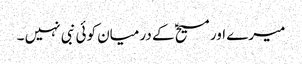
میرے اور مسیحؑ کے درمیان کوئی نبی نہیں ۔